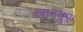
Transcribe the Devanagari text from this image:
लारपुर